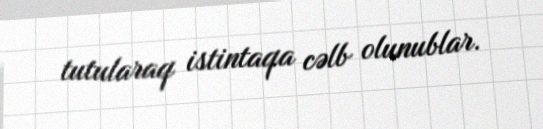
tutularaq istintaqa cəlb olunublar.